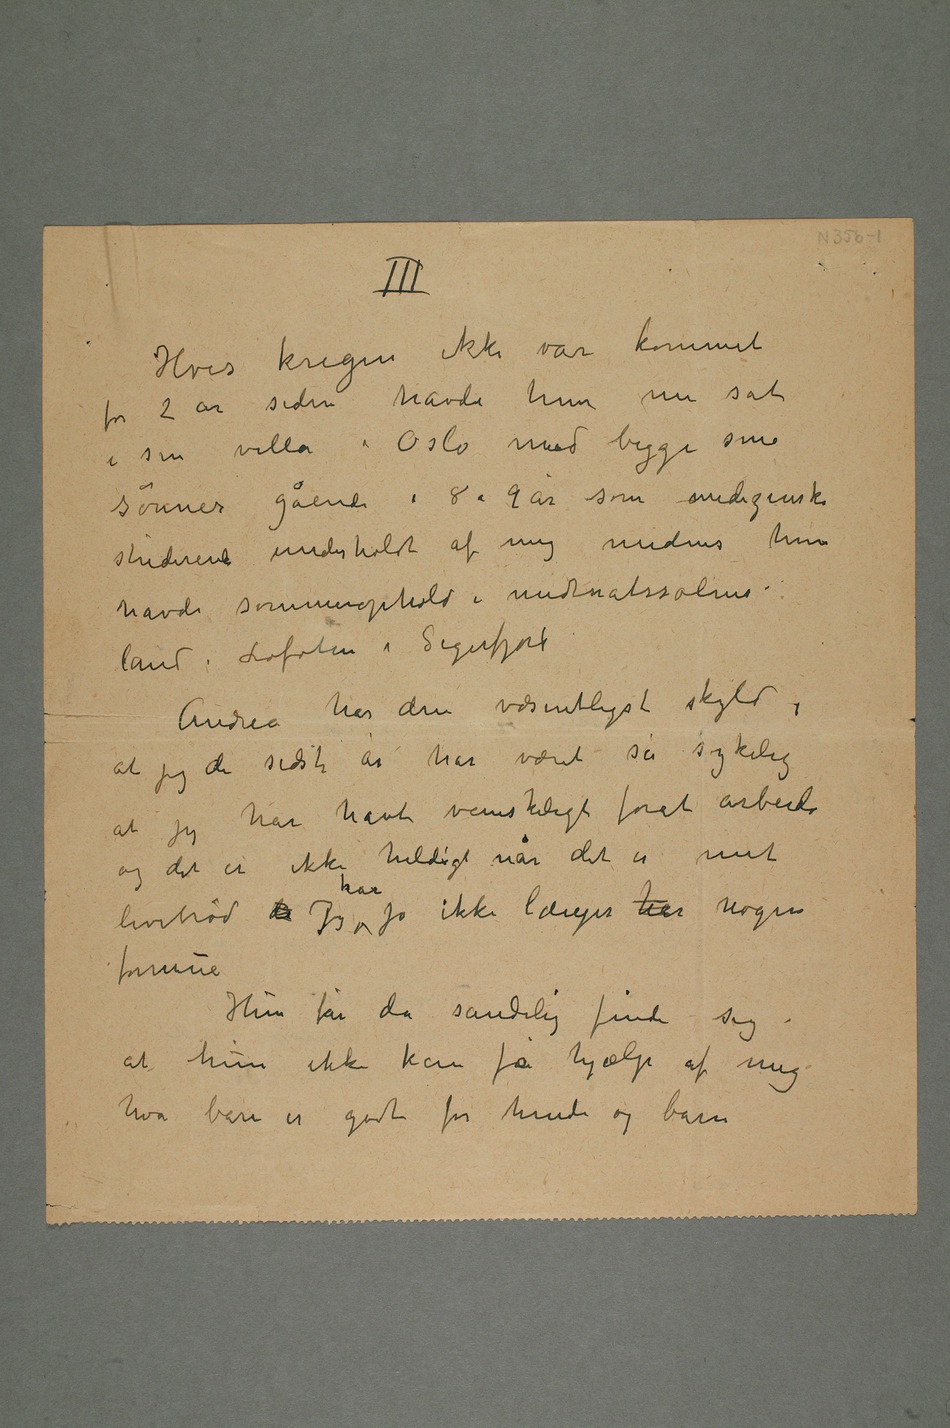
Hvis krigen ikke var kommet
for 2 år siden havde hun nu sat
i sin villa i Oslo med begge sine
sønner gående i 8 a 9 år som medizinske
studerende underholdt af mig medens hun
havde sommerophold i midnatssolens
land i Lofoten i Sigerfjord
Andrea har den væsentligste skyld i
at jeg de sidste år har været så sykelig at
har havt vanskeligt forat arbeide
og det er ikke heldigt når det er mit
levebrød da Jeg har jo ikke længer har nogen
formue
Hun får da sandelig finde sig i
at hun ikke kan få hjælp af mig
hva bare er godt for hende og barn